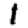
Digit: 1